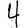
Digit: 4